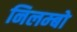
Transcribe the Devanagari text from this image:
निलम्‍बो